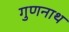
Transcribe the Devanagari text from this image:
गुणनाथ